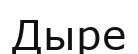
Дыре